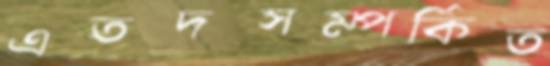
এতদসম্পর্কিত